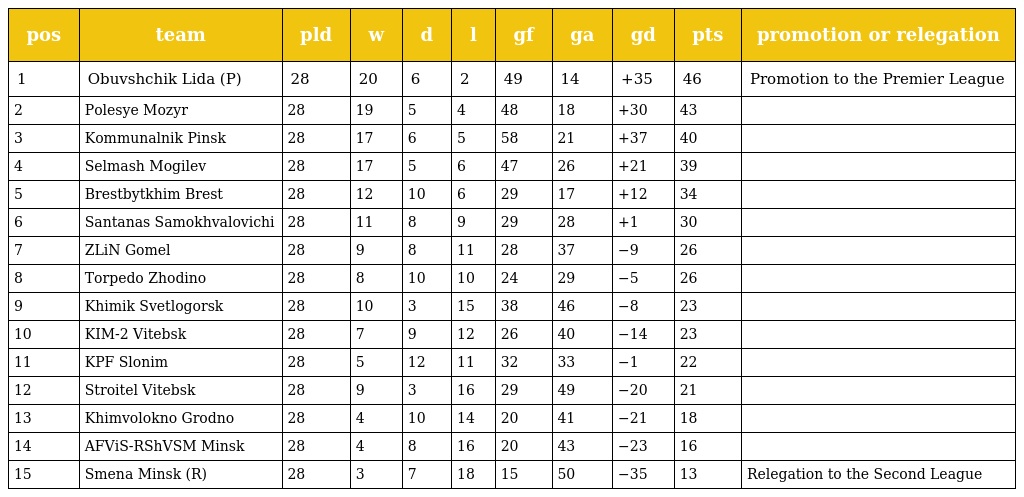
| pos | team | pld | w | d | l | gf | ga | gd | pts | promotion or relegation |
 | --- | --- | --- | --- | --- | --- | --- | --- | --- | --- | --- |
 | 1 | Obuvshchik Lida (P) | 28 | 20 | 6 | 2 | 49 | 14 | +35 | 46 | Promotion to the Premier League |
 | 2 | Polesye Mozyr | 28 | 19 | 5 | 4 | 48 | 18 | +30 | 43 |  |
 | 3 | Kommunalnik Pinsk | 28 | 17 | 6 | 5 | 58 | 21 | +37 | 40 |  |
 | 4 | Selmash Mogilev | 28 | 17 | 5 | 6 | 47 | 26 | +21 | 39 |  |
 | 5 | Brestbytkhim Brest | 28 | 12 | 10 | 6 | 29 | 17 | +12 | 34 |  |
 | 6 | Santanas Samokhvalovichi | 28 | 11 | 8 | 9 | 29 | 28 | +1 | 30 |  |
 | 7 | ZLiN Gomel | 28 | 9 | 8 | 11 | 28 | 37 | −9 | 26 |  |
 | 8 | Torpedo Zhodino | 28 | 8 | 10 | 10 | 24 | 29 | −5 | 26 |  |
 | 9 | Khimik Svetlogorsk | 28 | 10 | 3 | 15 | 38 | 46 | −8 | 23 |  |
 | 10 | KIM-2 Vitebsk | 28 | 7 | 9 | 12 | 26 | 40 | −14 | 23 |  |
 | 11 | KPF Slonim | 28 | 5 | 12 | 11 | 32 | 33 | −1 | 22 |  |
 | 12 | Stroitel Vitebsk | 28 | 9 | 3 | 16 | 29 | 49 | −20 | 21 |  |
 | 13 | Khimvolokno Grodno | 28 | 4 | 10 | 14 | 20 | 41 | −21 | 18 |  |
 | 14 | AFViS-RShVSM Minsk | 28 | 4 | 8 | 16 | 20 | 43 | −23 | 16 |  |
 | 15 | Smena Minsk (R) | 28 | 3 | 7 | 18 | 15 | 50 | −35 | 13 | Relegation to the Second League |